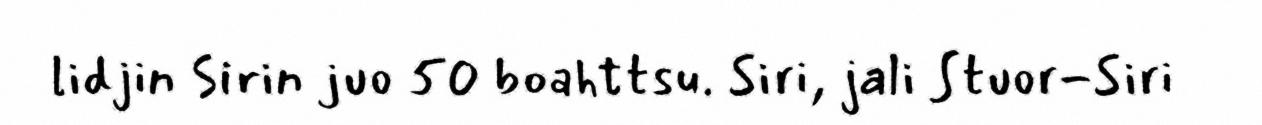
lidjin Sirin juo 50 boahttsu. Siri, jali Stuor-Siri